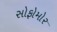
સોફોમોર